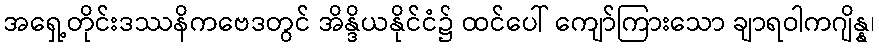
အရှေ့တိုင်းဒဿနိကဗေဒတွင် အိန္ဒိယနိုင်ငံ၌ ထင်ပေါ် ကျော်ကြားသော ချာရဝါကဂျိန္န၊